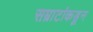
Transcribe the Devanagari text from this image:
सम्राटांकडून